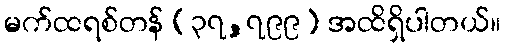
မက်ထရစ်တန် (၃၇,၇၉၉) အထိရှိပါတယ်။